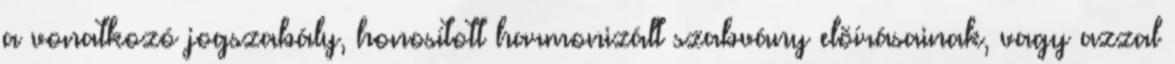
a vonatkozó jogszabály, honosított harmonizált szabvány elõírásainak, vagy azzal